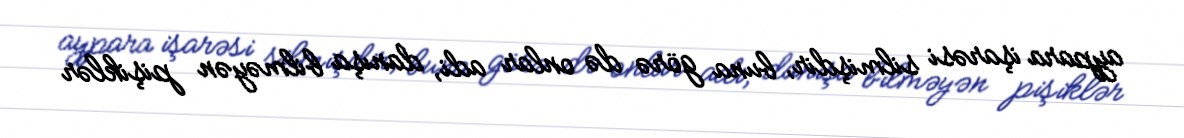
aypara işarəsi silmişdir, buna görə də onlar adi, danışa bilməyən pişiklər